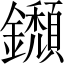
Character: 𨯸